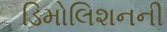
ડિમોલિશનની